Vabadussoja_Ajaloo_Komitee, lk 53
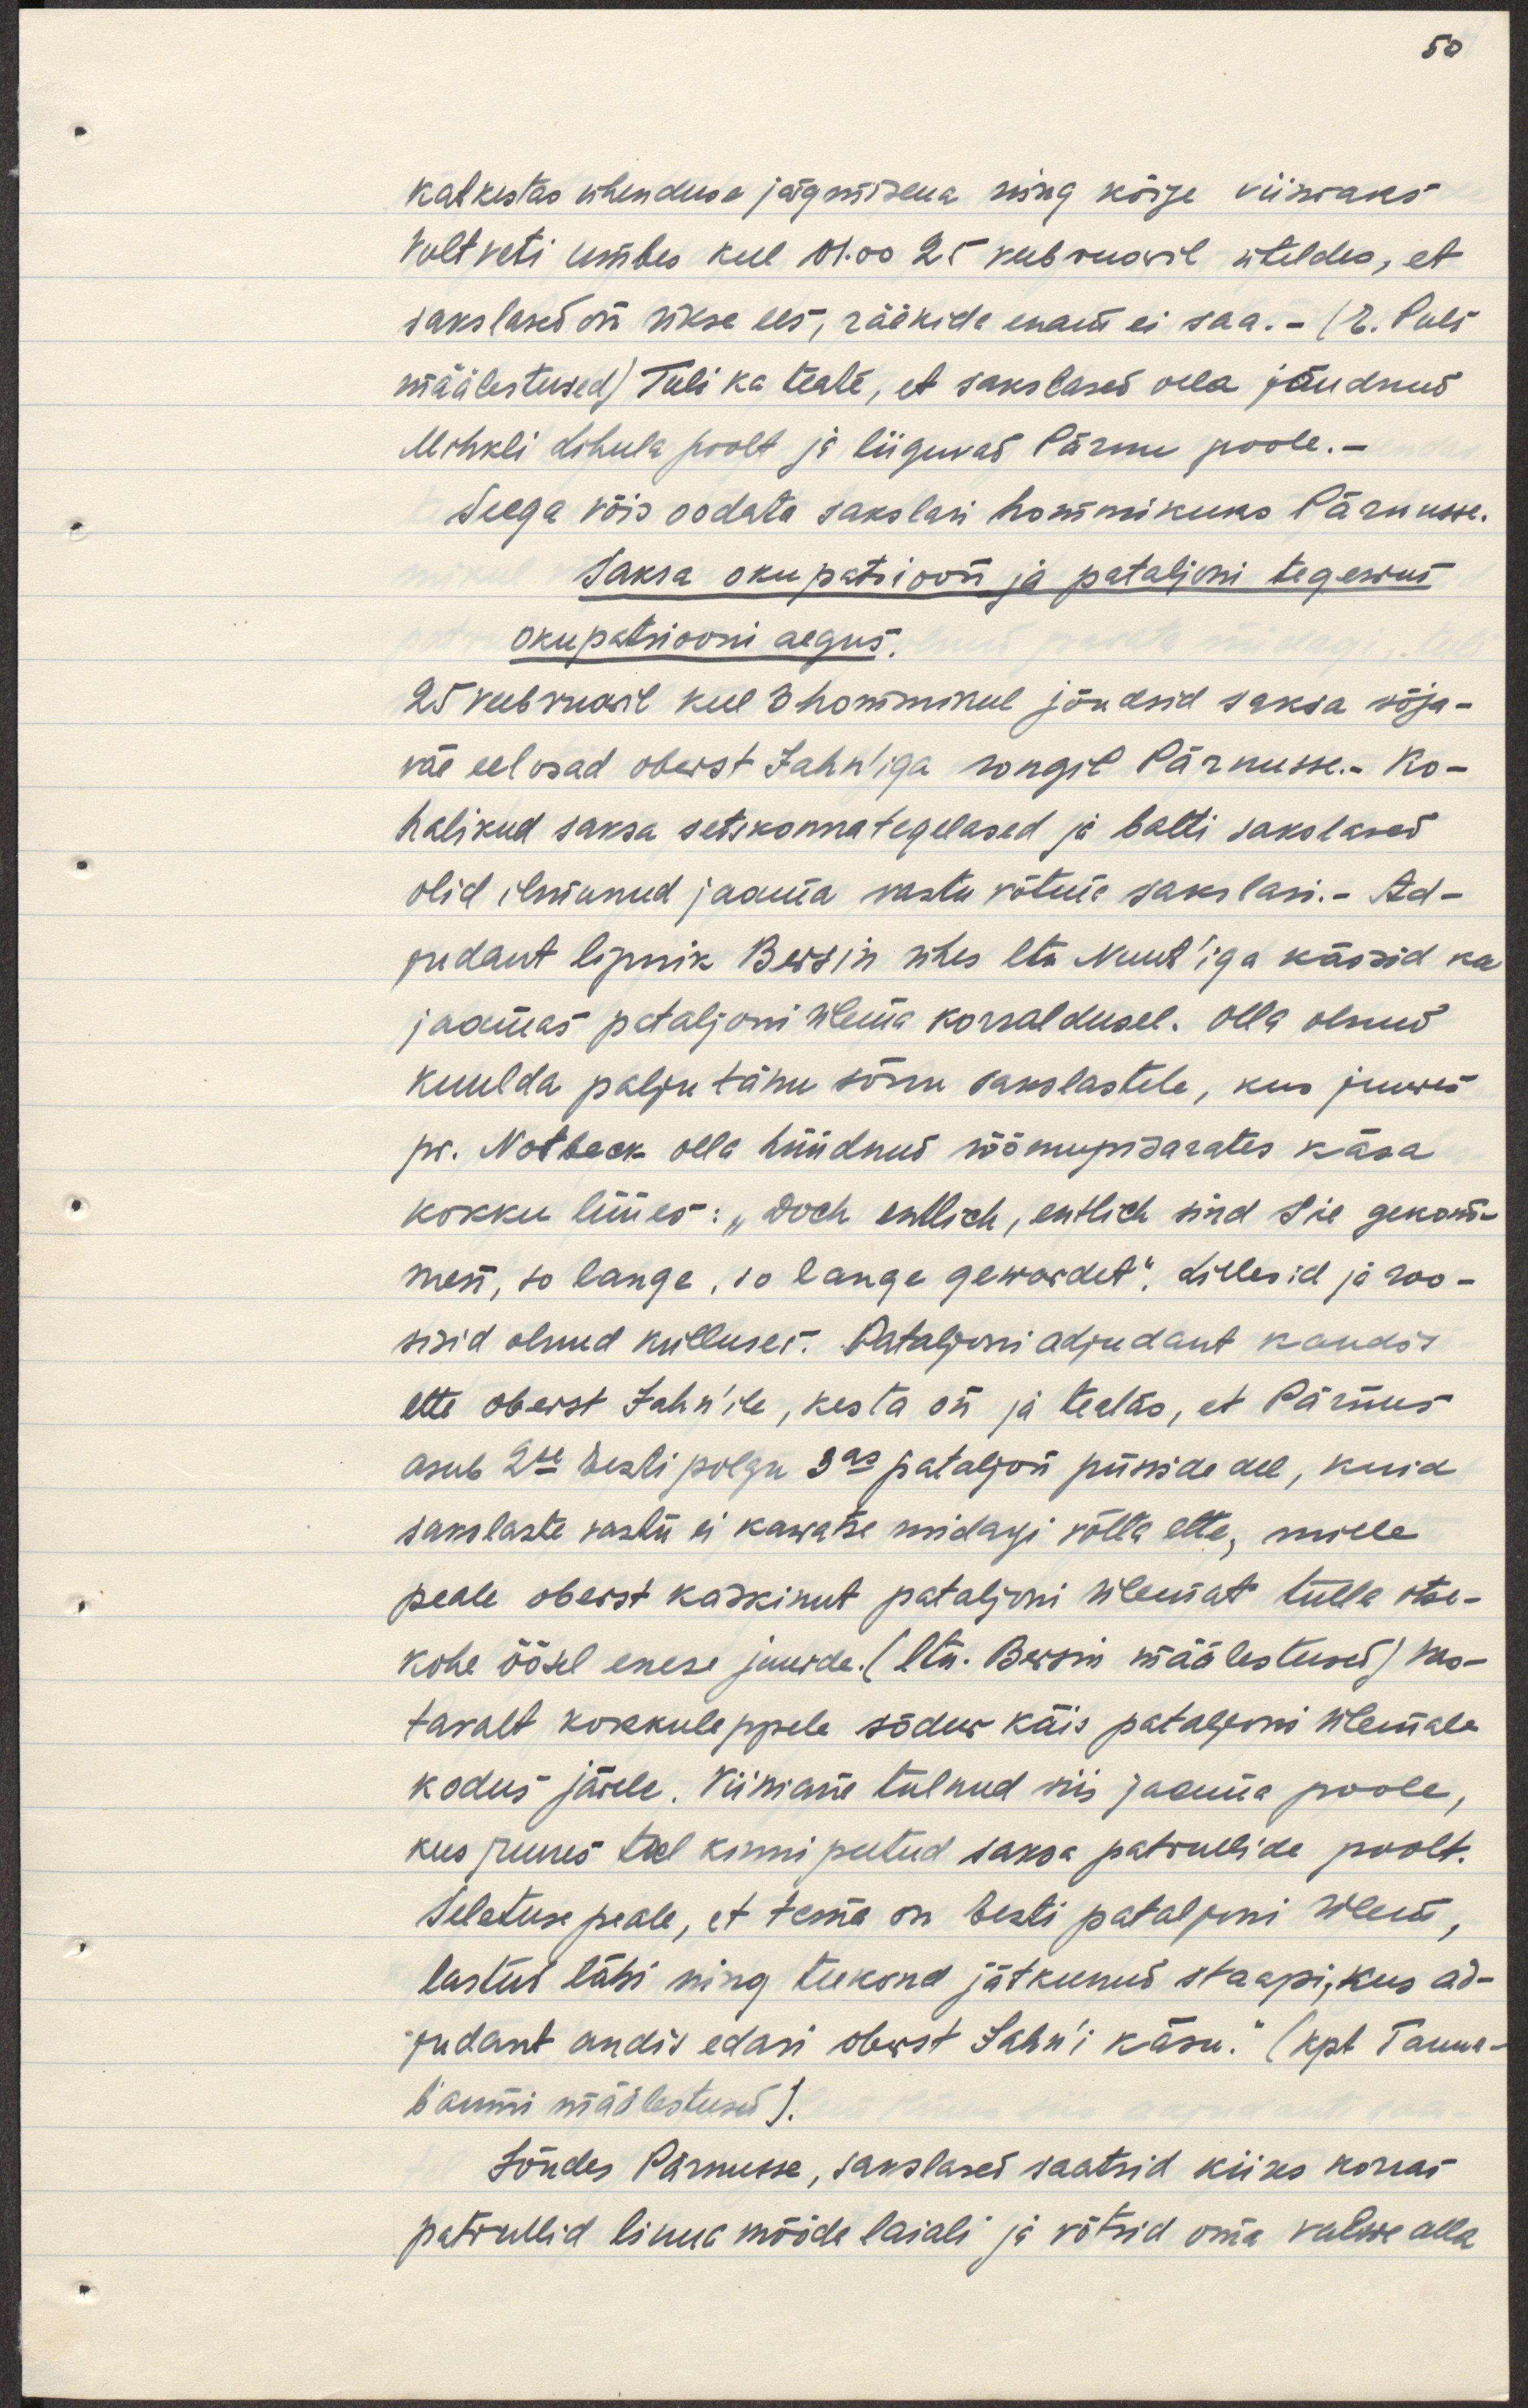
katkestas ühenduse järgmisena ning kõige viimaks
Voltveti umbes kell 01.00 25 veebruaril üteldes, et
sakslased on ukse ees, rääkida enam ei saa.- (G. Puls
määlestused) Tuli ka teate, et sakslased olla jõudnud
Mihkli Lihula poolt ja liiguvad Pärnu poole.-
Seega võis oodata sakslasi hommikuks Pärnusse.
Saksa okupatsioon ja pataljoni tegewus
okupatsiooni algus.
25 veebruaril kell 3 hommikul jõudsid saksa sõja-
väe eelosad oberst Jahn'iga rongil Pärnusse. Ko-
halikud saksa seltskonnategelased ja balti sakslased
olid ilmunud jaama vastu võtma sakslasi.- Ad-
judant lipnik Berzin ühes ltn Nuut'iga käisid ka
jaamas pataljoni ülema korraldusel. Olla olnud
kuulda palju tänu sõnu sakslastele, kus juures
pr. Notbeck olla hüüdnud rõõmupisarates käsa
kokku lüües: "Doch entlich, entlich sind Sie gekom-
men, so lange, so lange gewordet". Lillesid ja roo-
sisid olnud külluses. Pataljoni adjutant kandis
ette oberst Jahn'ile, kes ta on ja teatas, et Pärnus
asub 2se Eesi polgu 3as pataljon püsside all, kuid
sakslaste vastu ei kawatse midagi võtta ette, mille 
peale oberst kaskinut pataljoni ülemat külla otse-
kohe öösel enese juurde. (ltn. Berzin määlestused) Vas-
tavalt kokkuleppele sõdur käis pataljoni ülemale
kodus järele. Viimasie tulnud siis jaama poole,
kus juures teel kinni peetud saksa patrulide poolt.
Seletuse peale, et tema on Eesti pataljoni ülem, 
lastud läbi ning teekond jätkunud staapi, kus ad-
jutant andis edasi oberst Jahn'i käsu. (kpt Tanne-
baumi määlestused).
Jõudes Pärnusse, sakslased saatsid kiires korras
patrullid linna mõõda laiali ja võtsid oma valwe alla